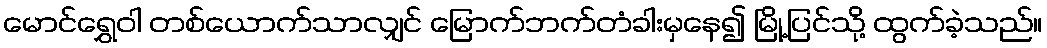
မောင်ရွှေဝါ တစ်ယောက်သာလျှင် မြောက်ဘက်တံခါးမှနေ၍ မြို့ပြင်သို့ ထွက်ခဲ့သည်။